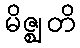
မိဇ္ဈတိ